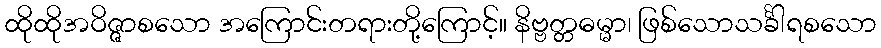
ထိုထိုအဝိဇ္ဇာစသော အကြောင်းတရားတို့ကြောင့်။ နိဗ္ဗတ္တဓမ္မာ၊ ဖြစ်သောသင်္ခါရစသော